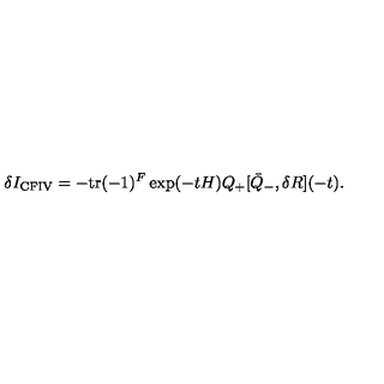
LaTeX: \delta I _ { \mathrm { C F I V } } = - \mathrm { t r } ( - 1 ) ^ { F } \exp ( - t H ) Q _ { + } [ \bar { Q } _ { - } , \delta R ] ( - t ) .